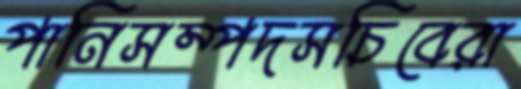
পানিসম্পদসচিবেরা